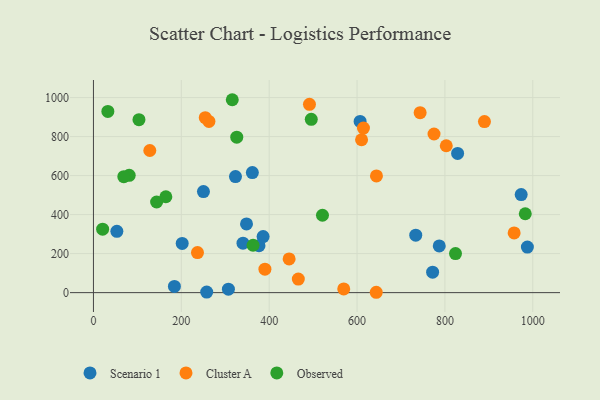
{"axis": {"x": "Experience", "y": "Demand"}, "legend": ["Cluster A", "Observed", "Scenario 1"], "data": [{"x": "772.0", "y": 104.7, "type": "Scenario 1"}, {"x": "733.6", "y": 294.7, "type": "Scenario 1"}, {"x": "348.4", "y": 352.1, "type": "Scenario 1"}, {"x": "386.2", "y": 287.6, "type": "Scenario 1"}, {"x": "202.0", "y": 252.4, "type": "Scenario 1"}, {"x": "184.3", "y": 31.9, "type": "Scenario 1"}, {"x": "987.7", "y": 233.6, "type": "Scenario 1"}, {"x": "53.3", "y": 314.6, "type": "Scenario 1"}, {"x": "787.1", "y": 239.6, "type": "Scenario 1"}, {"x": "323.3", "y": 595.0, "type": "Scenario 1"}, {"x": "340.4", "y": 253.6, "type": "Scenario 1"}, {"x": "828.9", "y": 714.0, "type": "Scenario 1"}, {"x": "307.2", "y": 17.9, "type": "Scenario 1"}, {"x": "973.6", "y": 502.9, "type": "Scenario 1"}, {"x": "607.0", "y": 877.8, "type": "Scenario 1"}, {"x": "361.7", "y": 615.6, "type": "Scenario 1"}, {"x": "250.4", "y": 518.4, "type": "Scenario 1"}, {"x": "376.8", "y": 240.7, "type": "Scenario 1"}, {"x": "257.8", "y": 3.0, "type": "Scenario 1"}, {"x": "890.0", "y": 877.3, "type": "Cluster A"}, {"x": "128.3", "y": 728.9, "type": "Cluster A"}, {"x": "236.8", "y": 205.4, "type": "Cluster A"}, {"x": "262.9", "y": 877.7, "type": "Cluster A"}, {"x": "491.7", "y": 965.8, "type": "Cluster A"}, {"x": "569.7", "y": 18.8, "type": "Cluster A"}, {"x": "643.7", "y": 1.8, "type": "Cluster A"}, {"x": "775.2", "y": 813.5, "type": "Cluster A"}, {"x": "743.6", "y": 922.7, "type": "Cluster A"}, {"x": "644.2", "y": 598.4, "type": "Cluster A"}, {"x": "445.4", "y": 172.8, "type": "Cluster A"}, {"x": "957.6", "y": 306.1, "type": "Cluster A"}, {"x": "466.3", "y": 69.6, "type": "Cluster A"}, {"x": "254.5", "y": 897.1, "type": "Cluster A"}, {"x": "803.1", "y": 753.2, "type": "Cluster A"}, {"x": "610.3", "y": 783.9, "type": "Cluster A"}, {"x": "614.6", "y": 843.9, "type": "Cluster A"}, {"x": "390.3", "y": 120.3, "type": "Cluster A"}, {"x": "164.8", "y": 491.6, "type": "Observed"}, {"x": "20.9", "y": 325.4, "type": "Observed"}, {"x": "32.8", "y": 929.3, "type": "Observed"}, {"x": "495.8", "y": 888.7, "type": "Observed"}, {"x": "103.6", "y": 886.8, "type": "Observed"}, {"x": "982.9", "y": 404.5, "type": "Observed"}, {"x": "81.4", "y": 601.6, "type": "Observed"}, {"x": "316.0", "y": 989.2, "type": "Observed"}, {"x": "824.1", "y": 200.4, "type": "Observed"}, {"x": "363.3", "y": 242.9, "type": "Observed"}, {"x": "143.8", "y": 464.7, "type": "Observed"}, {"x": "521.3", "y": 396.9, "type": "Observed"}, {"x": "326.2", "y": 796.9, "type": "Observed"}, {"x": "69.1", "y": 594.8, "type": "Observed"}]}